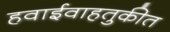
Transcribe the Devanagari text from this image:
हवाईवाहतुकीत